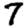
Digit: 7